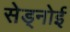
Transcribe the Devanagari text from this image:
सेड्नोई